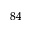
^ { 8 4 }